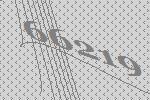
66219